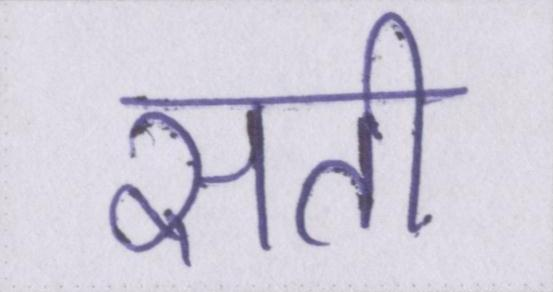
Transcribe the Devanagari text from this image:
सती